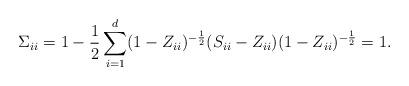
LaTeX: \begin{align*}\Sigma_{ii}=1-\frac12\sum_{i=1}^d (1-Z_{ii})^{-\frac12}(S_{ii}-Z_{ii})(1-Z_{ii})^{-\frac12}=1.\end{align*}